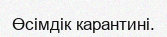
Өсімдік карантині.